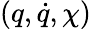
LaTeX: (q,\dot{q},\chi)